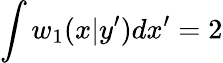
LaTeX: \int w_{1}(x|y^{\prime})dx^{\prime}=2